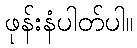
ဖုန်းနံပါတ်ပါ။